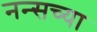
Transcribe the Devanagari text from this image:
नन्सच्या